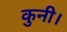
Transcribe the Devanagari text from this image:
कुनी।